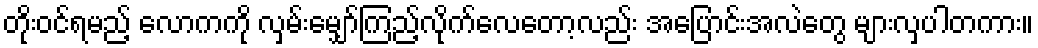
တိုးဝင်ရမည့် လောကကို လှမ်းမျှော်ကြည့်လိုက်လေတော့လည်း အပြောင်းအလဲတွေ များလှပါတကား။